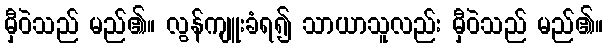
မှီဝဲသည် မည်၏။ လွန်ကျူးခံရ၍ သာယာသူလည်း မှီဝဲသည် မည်၏။